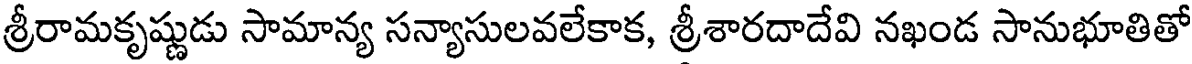
శ్రీరామకృష్ణుడు సామాన్య సన్యాసులవలేకాక, శ్రీశారదాదేవి నఖండ సానుభూతితో